Indian Civil Veterinary Department memoirs
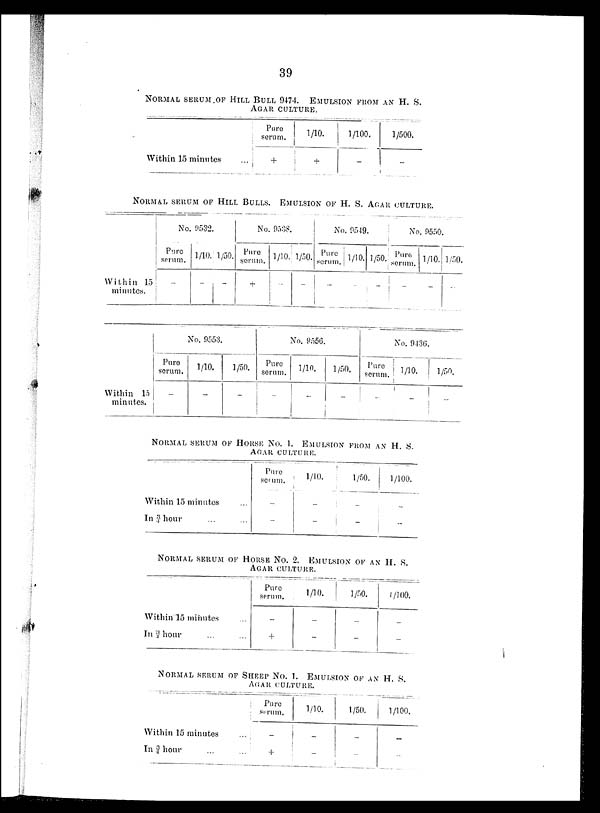
39
NORMAL SERUM OF HILL BULL 9474. EMULSION FROM AN H. S.
AGAR CULTURE.
Within 15 minutes ...
Pure
serum.
+
1/10.
+
1/100.
-
1/500.
-
NORMAL SERUM OF HILL BULLS. EMULSION OF H. S. AGAR CULTURE.
Within 15
minutes.
Within 15
minutes.
No. 9532.
Pure
serum.
-
1/10.
-
1/50.
-
No. 9538.
Pure
serum.
+
No. 9553.
Pure
serum.
-
1/10.
-
1/50.
-
1/10.
-
1/50.
-
No. 95-19.
Pure
scrum.
-
1/10
-
No. 9556
Pure
serum.
-
1/10.
-
1/50.
-
1/50.
-
No. 9550
Pure
serum.
-
1/10.
-
1/50.
No. 9436.
Pure
serum
-
1/10.
-
1/50.
-
NORMAL SERUM OF HORSE No. 1. EMULSION FROM AN H. S.
AGAR CULTURE.
Within 15 minutes ...
In ¾ hour ... ...
Pure
serum.
-
-
1/10.
-
-
1/50.
-
-
1/100.
-
-
NORMAL SERUM OF HORSE No. 2. EMULSION OF AN H. S.
AGAR CULTURE.
Within 15 minutes ...
In ¾ hour ... ...
Pure
serum.
-
+
1/10.
-
-
1/50.
-
-
1/100.
-
-
NORMAL SERUM OF SHEEP No. 1. EMULSION OF AN H. S.
AGAR CULTURE.
Within 15 minutes ..
In ¾ hour ... ...
Pure
serum.
-
+
1/10.
-
-
1/50.
-
-
1/100.
-
-